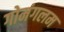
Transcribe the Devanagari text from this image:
गोमंगलम